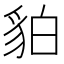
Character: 貃